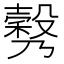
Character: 𣫉